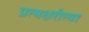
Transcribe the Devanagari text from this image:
प्रत्यक्षरीत्या